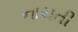
નાચતી